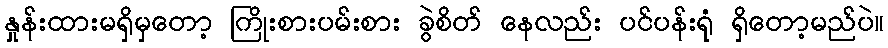
နှုန်းထားမရှိမှတော့ ကြိုးစားပမ်းစား ခွဲစိတ် နေလည်း ပင်ပန်းရုံ ရှိတော့မည်ပဲ။